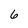
Character: 6